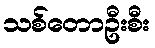
သစ်တောဦးစီး